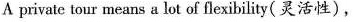
A privale tour means a lot of flexibility ( 灵活性 ) ,